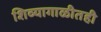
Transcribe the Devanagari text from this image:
शिव्यागाळीतही